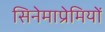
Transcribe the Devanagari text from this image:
सिनेमाप्रेमियों